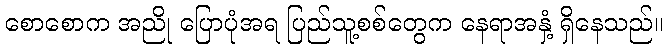
စောစောက အညို ပြောပုံအရ ပြည်သူ့စစ်တွေက နေရာအနှံ့ ရှိနေသည်။